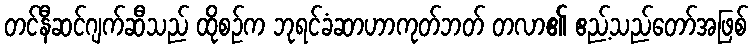
တင်နီဆင်ဂျက်ဆီသည် ထိုစဉ်က ဘုရင်ခံဆာဟာကုတ်ဘတ် တလာ၏ ဧည့်သည်တော်အဖြစ်